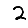
Digit: 2